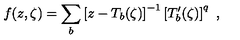
f ( z , \zeta ) = \sum _ { b } \left[ z - T _ { b } ( \zeta ) \right] ^ { - 1 } \left[ T _ { b } ^ { \prime } ( \zeta ) \right] ^ { q } \ ,